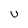
Character: U